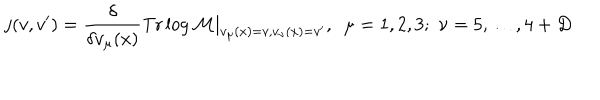
j ( v , v ^ { \prime } ) = \frac { \delta } { \delta v _ { \mu } ( x ) } \mathrm { T r } \log { \cal M } | _ { v _ { \mu } ( x ) = v , v _ { \nu } ( x ) = v ^ { \prime } } , \, \, \, \mu = 1 , 2 , 3 ; \, \, \nu = 5 , \ldots , 4 + D